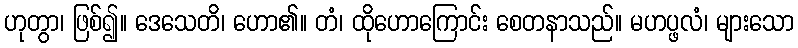
ဟုတွာ၊ ဖြစ်၍။ ဒေသေတိ၊ ဟော၏။ တံ၊ ထိုဟောကြောင်း စေတနာသည်။ မဟပ္ဖလံ၊ များသော